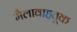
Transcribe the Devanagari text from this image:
मैलावाहतूक